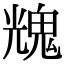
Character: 𩳁